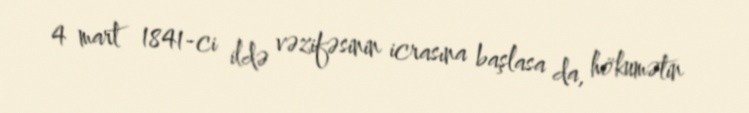
4 mart 1841-ci ildə vəzifəsinin icrasına başlasa da, hökumətin